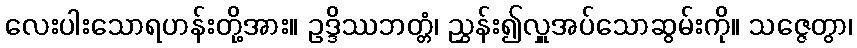
လေးပါးသောရဟန်းတို့အား။ ဥဒ္ဒိဿဘတ္တံ၊ ညွှန်း၍လှူအပ်သောဆွမ်းကို။ သဇ္ဇေတွာ၊